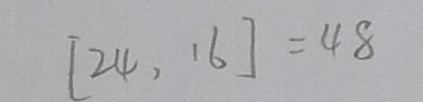
[ 2 4 , 1 6 ] = 4 8